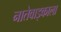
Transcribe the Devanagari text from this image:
नातेवाइकाला